Medical and sanitary report of the native army of Bengal for the year
Year: 1877
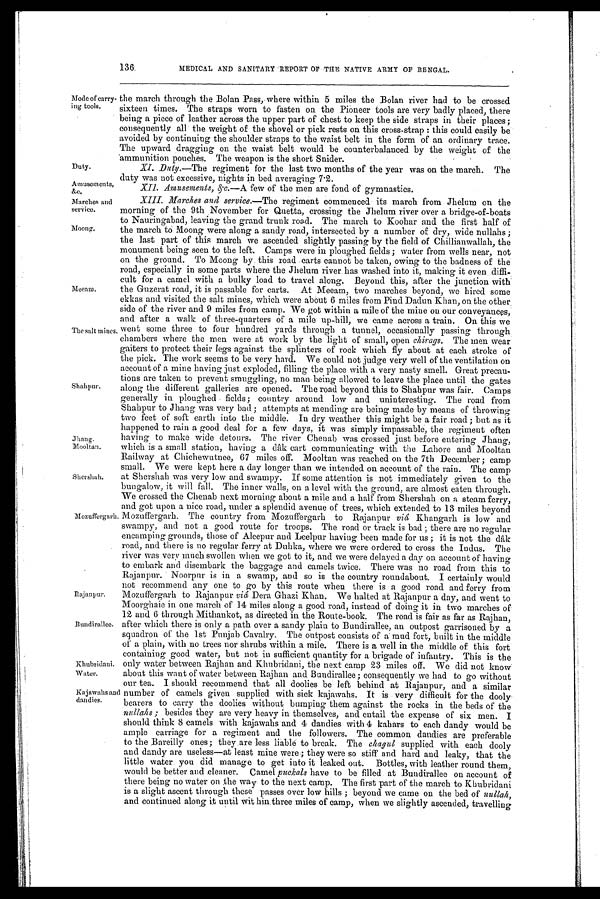
Amusements,
&c.
Marches and
service.
Moong.
Rajanpur.
Bundirallee.
Shershah.
Mozuffergarh.
136
MEDICAL AND SANITARY REPORT OF THE NATIVE ARMY OF BENGAL.
Mode of carry-
ing tools.
Duty.
the march through the Bolan Pass, where within 5 miles the Bolan river had to be crossed
sixteen times. The straps worn to fasten on the Pioneer tools are very badly placed, there
being a piece of leather across the upper part of chest to keep the side straps in their places;
consequently all the weight of the shovel or pick rests on this cross-strap: this could easily be
avoided by continuing the shoulder straps to the waist belt in the form of an ordinary trace.
The upward dragging on the waist belt would be counterbalanced by the weight of the
ammunition pouches. The weapon is the short Snider.
XI. Duty.—The regiment for the last two months of the year was on the march. The
duty was not excessive, nights in bed averaging 7.2.
Meeam.
The salt mines.
Shahpur.
Jhang.
Mooltan.
Khubridani.
Water.
Kajawahs and
dandies.
XII. Amusements, &c.—A few of the men are fond of gymnastics.
XIII. Marches and service.— The regiment commenced its march from Jhelum on the
morning of the 9th November for Quetta, crossing the Jhelum river over a bridge-of-boats
to Nauringabad, leaving the grand trunk road. The march to Koohar and the first half of
the march to Moong were along a sandy road, intersected by a number of dry, wide nullahs;
the last part of this march we ascended slightly passing by the field of Chillianwallah, the
monument being seen to the left. Camps were in ploughed fields; water from wells near, not
on the ground. To Moong by this road carts cannot be taken, owing to the badness of the
road, especially in some parts where the Jhelum river has washed into it, making it even diffi-
cult for a camel with a bulky load to travel along. Beyond this, after the junction with
the Guzerat road, it is passable for carts. At Meeam, two marches beyond, we hired some
ekkas and visited the salt mines, which were about 6 miles from Pind Dadun Khan, on the other
side of the river and 9 miles from camp. We got within a mile of the mine on our conveyances,
and after a walk of three-quarters of a mile up-hill, we came across a train. On this we
went some three to four hundred yards through a tunnel, occasionally passing through.
chambers where the men were at work by the light of small, open chirags. The men wear
ga
iters to protect their legs against the splinters of rock which fly about at each stroke of
the pick. The work seems to very hard. We could not judge very well of the ventilation on
account of a mine having just exploded, filling the place with a very nasty smell. Great precau-
tions are taken to prevent smuggling, no man being allowed to leave the place until the gates
along the different galleries are opened. The road beyond this to Shahpur was fair. Camps
generally in ploughed fields; country around low and uninteresting. The road from
Shahpur to Jhang was very bad; attempts at mending are being made by means of throwing
two feet of soft earth into the middle. In dry weather this might be a fair road; but as it
happened to rain a good deal for a few days, it was simply impassable, the regiment often
having to make wide detours. The river Chenab was crossed just before entering Jhang,
which is a small station, having a dâk cart communicating with the Lahore and Mooltan
Railway at Chichewutnee, 67 miles off. Mooltan was reached on the 7th December; camp
small. We were kept here a day longer than we intended on account of the rain. The camp
at Shershah was very low and swampy. If some attention is not immediately given to the
bungalow, it will fall. The inner walls, on a level with the ground, are almost eaten through.
We crossed the Chenab next morning about a mile and a half from Shershah on a steam ferry,
and got upon a nice road, under a splendid avenue of trees, which extended to 13 miles beyond
Mozuffergarh. The country from Mozuffergarh to Rajanpur viâ Khangarh is low and
swampy, and not a good route for troops. The road or track is bad; there are no regular
encamping grounds, those of Aleepur and Leelpur having been made for us; it is not the dâk
road, and there is no regular ferry at Duhka, where we were ordered to cross the Indus. The
river was very much swollen when we got to it, and we were delayed a day on account of having
to embark and disembark the baggage and camels twice. There was no road from this to
Rajanpur. Noorpur is in a swamp, and so is the country roundabout. I certainly would
not recommend any one to go by this route when there is a good road and ferry from
Mozuffergarh to Rajanpur viâ Dera Ghazi Khan. We halted at Rajanpur a day, and went to
Moorghaie in one march of 14 miles along a good road, instead of doing it in two marches of
12 and 6 through Mithankot, as directed in the Route-book. The road is fair as far as Rajhan,
after which there is only a path over a sandy plain to Bundirallee, an outpost garrisoned by a
squadron of the 1st Punjab Cavalry. The outpost consists of a mud fort, built in the middle
of a plain, with no trees nor shrubs within a mile. There is a well in the middle of this fort
containing good water, but not in sufficient quantity for a brigade of infantry. This is the
only water between Rajhan and Khubridani, the next camp 23 miles off. We did not know
about this want of water between Rajhan and Bundirallee; consequently we had to go without
our tea. I should recommend that all doolies be left behind at Rajanpur, and a similar
number of camels given supplied with sick kajawahs. It is very difficult for the dooly
bearers to carry the doolies without. bumping them against the rocks in the beds of the
nullahs; besides they are very heavy in themselves, and, entail the expense of six men. I
should think 8 camels with kajawahs and 4 dandies with 4 kahars to each dandy would be
ample carriage for a regiment and the followers. The common dandies are preferable
to the Bareilly ones; they are less liable to break. The chagul supplied with each dooly
and dandy are useless—at least mine were; they were so stiff and hard and leaky, that the
little water you did manage to get into it leaked out. Bottles, with leather round them,
would be better and cleaner. Camel puckals have to be filled at Bundirallee on account of
there being no water on the way to the next camp. The first part of the march to Khubridani
is a slight ascent through these passes over low hills; beyond we came on the bed of nullah,
and continued along it until within three miles of camp, when we slightly ascended, travelling